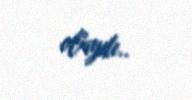
olaydı..